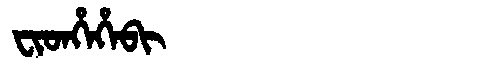
Manchu: ᠸᡳᡨᡥᡝᡥᡝᠪᡳ
Romanization: FITHEHEBI